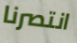
انتصرنا